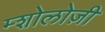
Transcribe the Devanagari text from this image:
म्शोलोज़ी